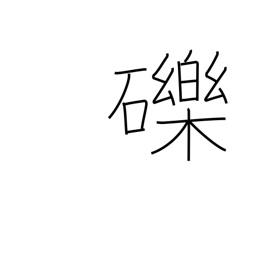
Meaning: small stones